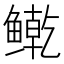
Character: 𲍘